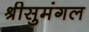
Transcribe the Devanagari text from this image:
श्रीसुमंगल